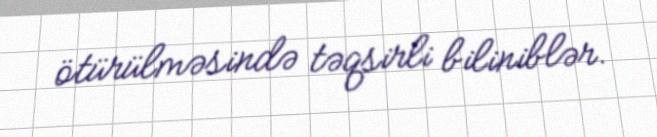
ötürülməsində təqsirli biliniblər.